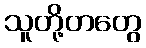
သူတို့တတွေ